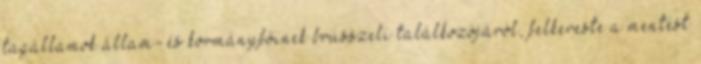
tagállamok állam- és kormányfőinek brüsszeli találkozójáról, felkereste a mentést